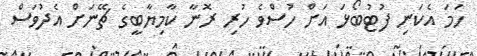
ހަމަ އެކަނި ފުޓުބޯޅަ އަށް ހުސްވެ ހުރި ރޮނާ ކާމިޔާބީގެ ޗޭނަށް އެދުވަސް